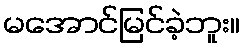
မအောင်မြင်ခဲ့ဘူး။